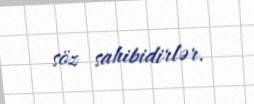
söz sahibidirlər.